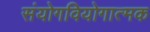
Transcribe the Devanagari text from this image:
संयोगवियोगात्मक